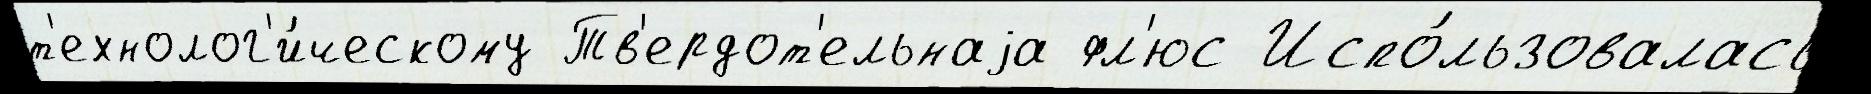
т'ехнолог'и́ческому Тв'ердот'ельнаjа фл'юс Испо́льзовалась